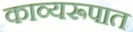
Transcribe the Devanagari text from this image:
काव्यरूपात